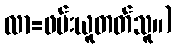
လာ=ဖမ်းယူတတ်သူ။)